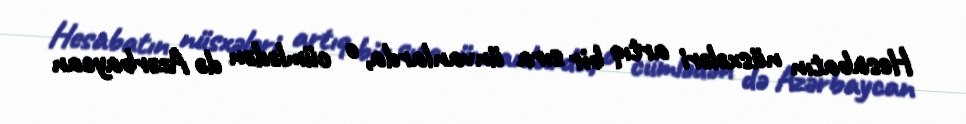
Hesabatın nüsxələri artıq bir sıra ünvanlarda, o cümlədən də Azərbaycan